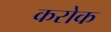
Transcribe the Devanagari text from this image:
करोक